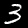
Digit: 3